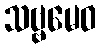
သဗ္ဗမေဝ